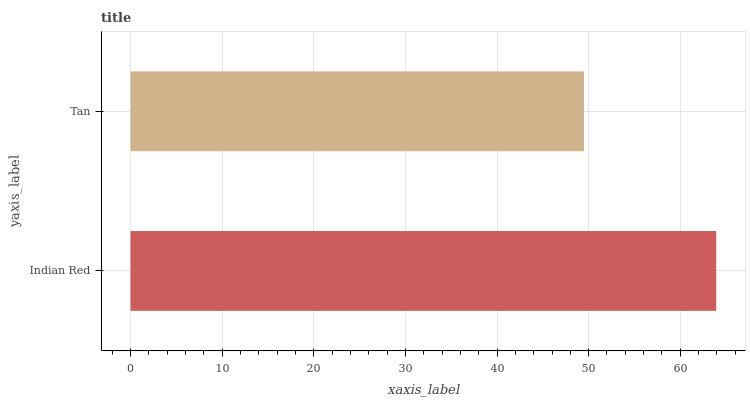
| yaxis_label | bars |
 | --- | --- |
 | Indian Red | 63.9 |
 | Tan | 49.5 |